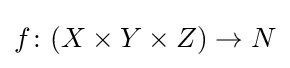
f\colon (X\times Y\times Z)\to N